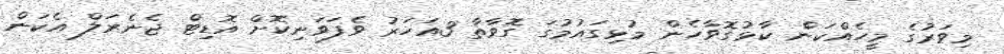
މިވަރުގެ މީހެއްކަން ކާޅުގޮވާހެން މުޅިގައުމުގަ ގޮވާތާ 3އަހަރު ވެފަވަނިކޮށް އޮޑިޓް ޖެނެރަލް އެކަން